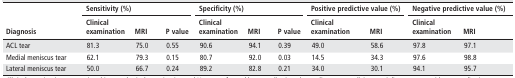
| <ROWSPAN=2> Diagnosis | <COLSPAN=3> Sensitivity (%) | <COLSPAN=3> Specificity (%) | <COLSPAN=2> Positive predictive value (%) | <COLSPAN=2> Negative predictive value (%) |
 | Clinical examination | MRI | P value | Clinical examination | MRI | P value | Clinical examination | MRI | Clinical examination | MRI |
 | --- | --- | --- | --- | --- | --- | --- | --- | --- | --- | --- |
 | ACL tear | 81.3 | 75.0 | 0.55 | 90.6 | 94.1 | 0.39 | 49.0 | 58.6 | 97.8 | 97.1 |
 | Medial meniscus tear | 62.1 | 79.3 | 0.15 | 80.7 | 92.0 | 0.03 | 14.5 | 34.3 | 97.6 | 98.8 |
 | Lateral meniscus tear | 50.0 | 66.7 | 0.24 | 89.2 | 82.8 | 0.21 | 34.0 | 30.1 | 94.1 | 95.7 |